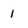
Character: 1